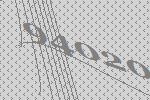
94020